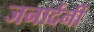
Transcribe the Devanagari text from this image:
जनार्दनीं